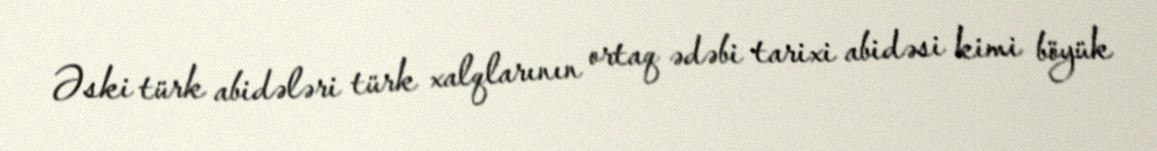
Əski türk abidələri türk xalqlarının ortaq ədəbi tarixi abidəsi kimi böyük